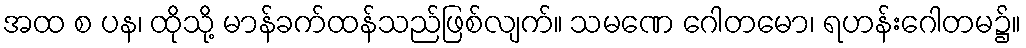
အထ စ ပန၊ ထိုသို့ မာန်ခက်ထန်သည်ဖြစ်လျက်။ သမဏေ ဂေါတမော၊ ရဟန်းဂေါတမ၌။